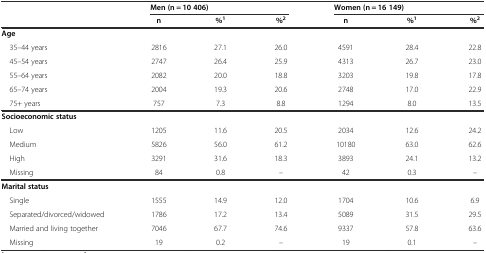
<table><thead><tr><td></td><td colspan="3"><b>Men (n = 10 406)</b></td><td colspan="3"><b>Women (n = 16 149)</b></td></tr><tr><td></td><td><b>n</b></td><td><b>%<sup>1</sup></b></td><td><b>%<sup>2</sup></b></td><td><b>n</b></td><td><b>%<sup>1</sup></b></td><td><b>%<sup>2</sup></b></td></tr></thead><tbody><tr><td><b>Age</b></td><td></td><td></td><td></td><td></td><td></td><td></td></tr><tr><td> 35–44 years</td><td>2816</td><td>27.1</td><td>26.0</td><td>4591</td><td>28.4</td><td>22.8</td></tr><tr><td> 45–54 years</td><td>2747</td><td>26.4</td><td>25.9</td><td>4313</td><td>26.7</td><td>23.0</td></tr><tr><td> 55–64 years</td><td>2082</td><td>20.0</td><td>18.8</td><td>3203</td><td>19.8</td><td>17.8</td></tr><tr><td> 65–74 years</td><td>2004</td><td>19.3</td><td>20.6</td><td>2748</td><td>17.0</td><td>22.9</td></tr><tr><td> 75+ years</td><td>757</td><td>7.3</td><td>8.8</td><td>1294</td><td>8.0</td><td>13.5</td></tr><tr><td><b>Socioeconomic status</b></td><td></td><td></td><td></td><td></td><td></td><td></td></tr><tr><td> Low</td><td>1205</td><td>11.6</td><td>20.5</td><td>2034</td><td>12.6</td><td>24.2</td></tr><tr><td> Medium</td><td>5826</td><td>56.0</td><td>61.2</td><td>10180</td><td>63.0</td><td>62.6</td></tr><tr><td> High</td><td>3291</td><td>31.6</td><td>18.3</td><td>3893</td><td>24.1</td><td>13.2</td></tr><tr><td> Missing</td><td>84</td><td>0.8</td><td>–</td><td>42</td><td>0.3</td><td>–</td></tr><tr><td><b>Marital status</b></td><td></td><td></td><td></td><td></td><td></td><td></td></tr><tr><td> Single</td><td>1555</td><td>14.9</td><td>12.0</td><td>1704</td><td>10.6</td><td>6.9</td></tr><tr><td> Separated/divorced/widowed</td><td>1786</td><td>17.2</td><td>13.4</td><td>5089</td><td>31.5</td><td>29.5</td></tr><tr><td> Married and living together</td><td>7046</td><td>67.7</td><td>74.6</td><td>9337</td><td>57.8</td><td>63.6</td></tr><tr><td> Missing</td><td>19</td><td>0.2</td><td>–</td><td>19</td><td>0.1</td><td>–</td></tr></tbody></table>